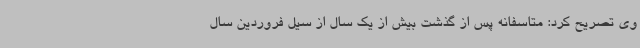
وی تصریح کرد: متاسفانه پس از گذشت بیش از یک سال از سیل فروردین سال